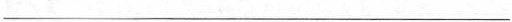
___